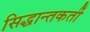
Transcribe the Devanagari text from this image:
सिद्धान्तकर्ती